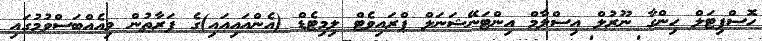
ހޮސްޕިޓަލް ހިންގާ ނޫރުލް އިސްލާމް އިންޓަނޭޝަނަލް ޕްރައިވެޓް ލިމިޓެޑް (އެންއައިއައި)ގެ ފަރާތުން މިއެއްބަސްވުމުގައި